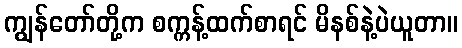
ကျွန်တော်တို့က စက္ကန့်ထက်စာရင် မိနစ်နဲ့ပဲယူတာ။